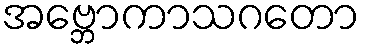
အဗ္ဘောကာသဂတော